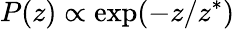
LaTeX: P(z)\propto\exp(-z/z^{*})